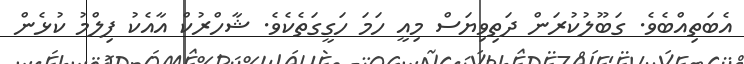
އެބަތިއްބެވެ. ގަބޫލުކުރަން ދަތިވިޔަސް މިއީ ހަމަ ހަގީގަތެކެވެ. ޝާހްރުކް އާއެކު ފިލްމު ކުޅެން